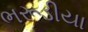
ભરૂડીયા